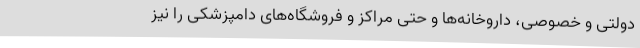
دولتی و خصوصی، داروخانه‌ها و حتی مراکز و فروشگاه‌های دامپزشکی را نیز